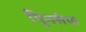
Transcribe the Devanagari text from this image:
यिूनसेफ